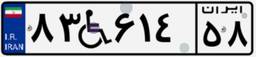
۸۳W۶۱۴۵۸